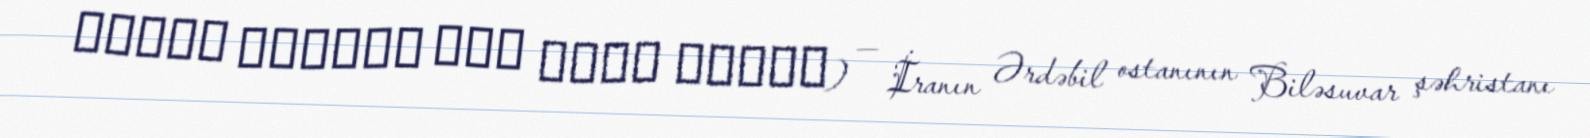
قشلاق اسماعل خان جليل رنجبر) — İranın Ərdəbil ostanının Biləsuvar şəhristanı